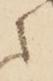
之